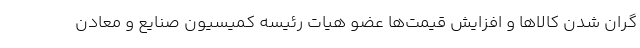
گران شدن کالاها و افزایش قیمت‌ها عضو هیات رئیسه کمیسیون صنایع و معادن